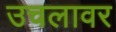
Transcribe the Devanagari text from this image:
उचलावर